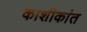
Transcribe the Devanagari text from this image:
काशीकांत